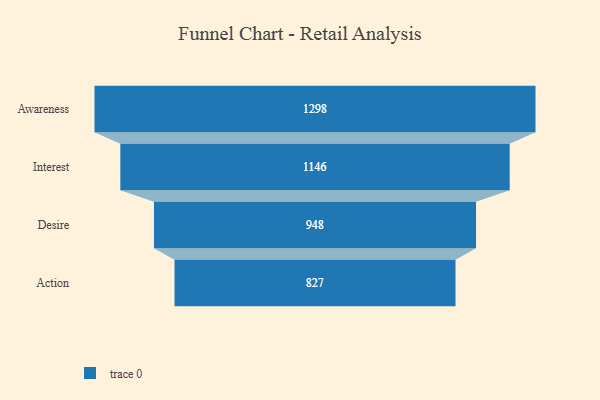
{"axis": {"x": "Stage", "y": "Value"}, "legend": [""], "data": [{"x": "Awareness", "y": 1298.0, "type": ""}, {"x": "Interest", "y": 1146.0, "type": ""}, {"x": "Desire", "y": 948.0, "type": ""}, {"x": "Action", "y": 827.0, "type": ""}]}